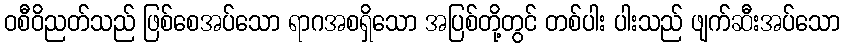
ဝစီဝိညတ်သည် ဖြစ်စေအပ်သော ရာဂအစရှိသော အပြစ်တို့တွင် တစ်ပါး ပါးသည် ဖျက်ဆီးအပ်သော